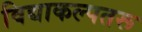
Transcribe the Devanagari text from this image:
विद्याकल्पतरू